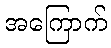
အကြောက်